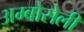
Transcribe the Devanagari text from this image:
अम्बोसेली